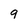
Character: 9